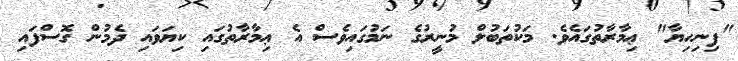
"ފިނިހިޔާ" ޢިމާރާތުގައެވެ. މަކުތަބުލް މުނީރުގެ ނަމުގައިވެސް އެ ޢިމާރާތުގައި ކިޔަވައި ދެމުން ގޮސްފައި